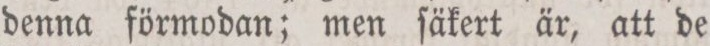
denna förmodan; men ſäkert är, att de